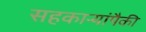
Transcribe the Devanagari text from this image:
सहकाऱ्यांपैकी